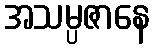
အသမ္ပဇာနေ